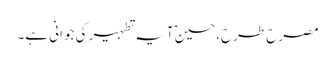
مصرح طرح،حسینؑ آیہ تطہیر کی جوانی ہے۔